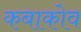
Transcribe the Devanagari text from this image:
कबाकोव